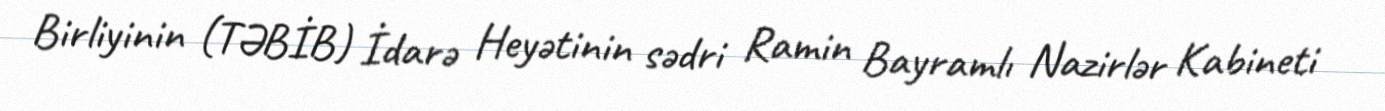
Birliyinin (TƏBİB) İdarə Heyətinin sədri Ramin Bayramlı Nazirlər Kabineti